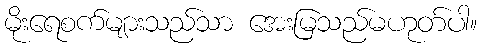
မိုးရေစက်များသည်သာ အေးမြသည်မဟုတ်ပါ။